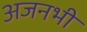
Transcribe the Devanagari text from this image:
अजनभी